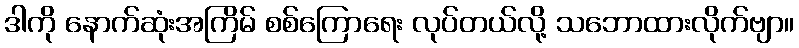
ဒါကို နောက်ဆုံးအကြိမ် စစ်ကြောရေး လုပ်တယ်လို့ သဘောထားလိုက်ဗျာ။